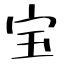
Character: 宝